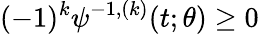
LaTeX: (-1)^{k}\psi^{-1,(k)}(t;\theta)\geq 0